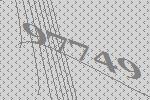
97749